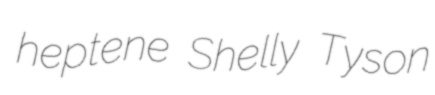
heptene Shelly Tyson